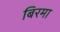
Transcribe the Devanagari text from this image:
बिरमा